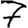
Digit: 7